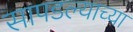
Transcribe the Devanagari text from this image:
सापडल्याच्या